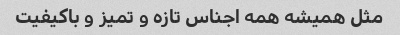
مثل همیشه همه اجناس تازه و تمیز و باکیفیت